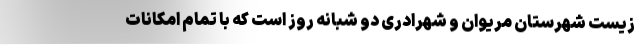
زیست شهرستان مریوان و شهرادری دو شبانه روز است که با تمام امکانات